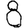
Digit: 8